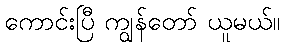
ကောင်းပြီ ကျွန်တော် ယူမယ်။